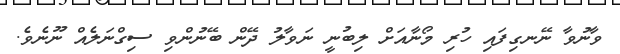
ވާނުވާ ނޭނގިފައި ހުރި މޯނާއަށް ލިބުނީ ނަވާލު ދޭން ބޭނުންވި ސިގްނަލެއް ނޫނެވެ.